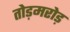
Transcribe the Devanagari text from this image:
तोड़मरोड़